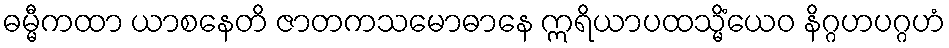
ဓမ္မီကထာ ယာစနေတိ ဇာတကသမောဓာနေ ဣရိယာပထသ္မိံယေဝ နိဂ္ဂဟပဂ္ဂဟံ